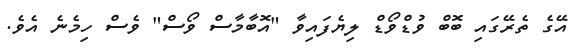
އޭގެ ތެރޭގައި ބޮބް ވުޑްވޯޑް ލިޔެފައިވާ "އޮބާމާސް ވޯސް" ވެސް ހިމެނެ އެވެ.